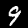
Digit: 9